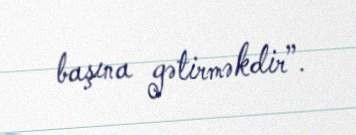
başına gətirməkdir”.